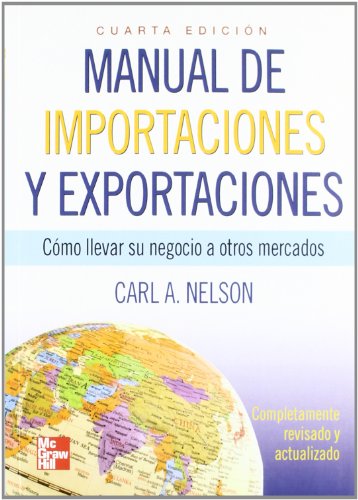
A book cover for Manual De Importaciones Y Exportaciones 4E (Spanish Edition); Carl Nelson; Business & Money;